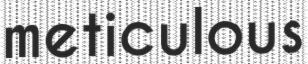
meticulous